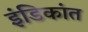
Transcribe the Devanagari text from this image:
इंडिकांत